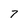
Character: 7